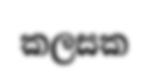
කලසක